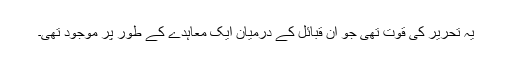
یہ تحریر کی قوت تھی جو اُن قبائل کے درمیان ایک معاہدے کے طور پر موجود تھی۔